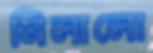
মিলালো